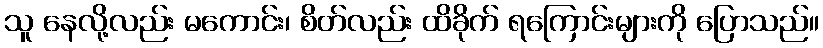
သူ နေလို့လည်း မကောင်း၊ စိတ်လည်း ထိခိုက် ရကြောင်းများကို ပြောသည်။